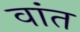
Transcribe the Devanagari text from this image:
वांत